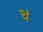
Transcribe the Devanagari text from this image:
थं